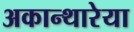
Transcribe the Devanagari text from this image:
अकान्थारेया